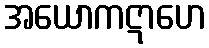
အယောကဋာဟေ